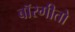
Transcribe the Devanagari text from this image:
बॉरगीतो